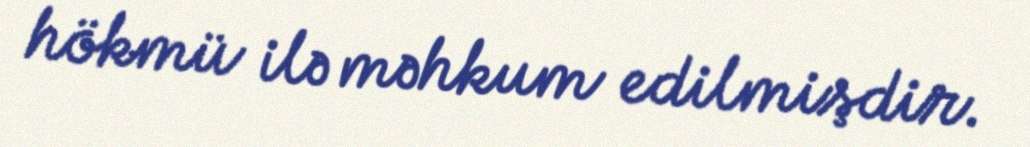
hökmü ilə məhkum edilmişdir.